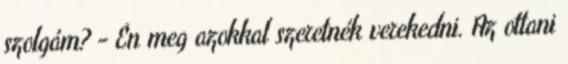
szolgám? - Én meg azokkal szeretnék verekedni. Az ottani